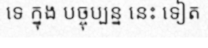
ទេ ក្នុង បច្ចុប្បន្ន នេះ ទៀត